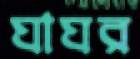
ঘাঘর